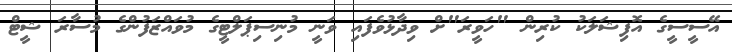
އޭސީސީގެ އޮފިޝަލަކު ކުރިން "ހަވީރަ"ށް ވިދާޅުވެފައި ވަނީ މުނިސިޕަލްޓީގެ މުވައްޒަފުންގެ މުސާރަ ޝީޓް